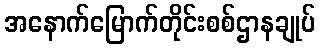
အနောက်မြောက်တိုင်းစစ်ဌာနချုပ်